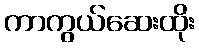
ကာကွယ်ဆေးထိုး